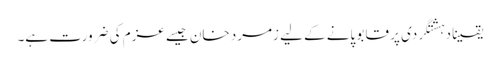
یقینا دہشتگردی پر قابو پانے کے لیے زمرد خان جیسے عزم کی ضرورت ہے۔